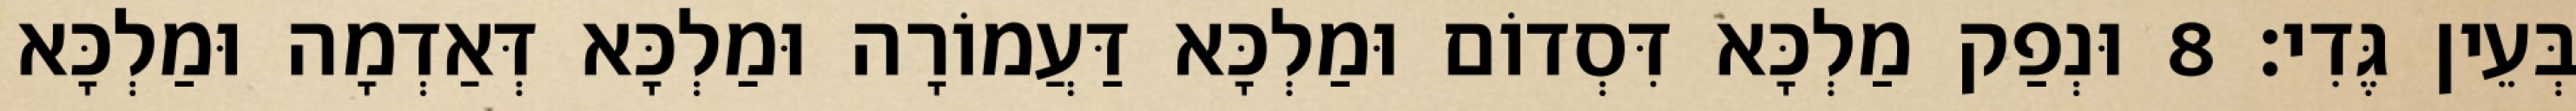
בְּעֵין גֶּדִי׃ 8 וּנְפַק מַלְכָּא דִּסְדוֹם וּמַלְכָּא דַּעֲמוֹרָה וּמַלְכָּא דְּאַדְמָה וּמַלְכָּא